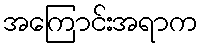
အကြောင်းအရာက